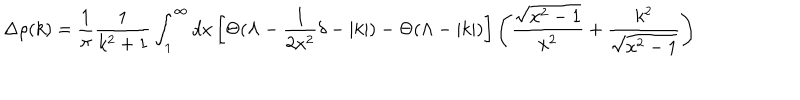
\Delta \rho ( k ) = \frac { 1 } { \pi } \frac { 1 } { k ^ { 2 } + 1 } \int _ { 1 } ^ { \infty } d x \left[ \Theta ( \Lambda - \frac { 1 } { 2 x ^ { 2 } } \delta - | k | ) - \Theta ( \Lambda - | k | ) \right] \left( \frac { \sqrt { x ^ { 2 } - 1 } } { x ^ { 2 } } + \frac { k ^ { 2 } } { \sqrt { x ^ { 2 } - 1 } } \right)